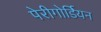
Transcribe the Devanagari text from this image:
पेरीगोर्डियन